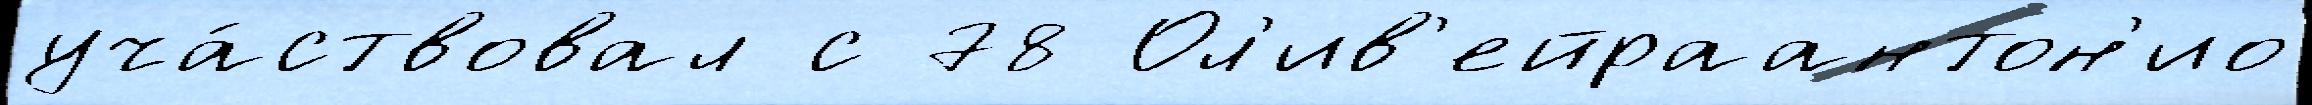
уча́ствовал с 78 Ол'ив'ейраантон'ио